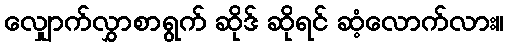
လျှောက်လွှာစာရွက် ဆိုဒ် ဆိုရင် ဆံ့လောက်လား။